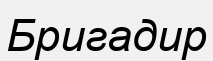
Бригадир